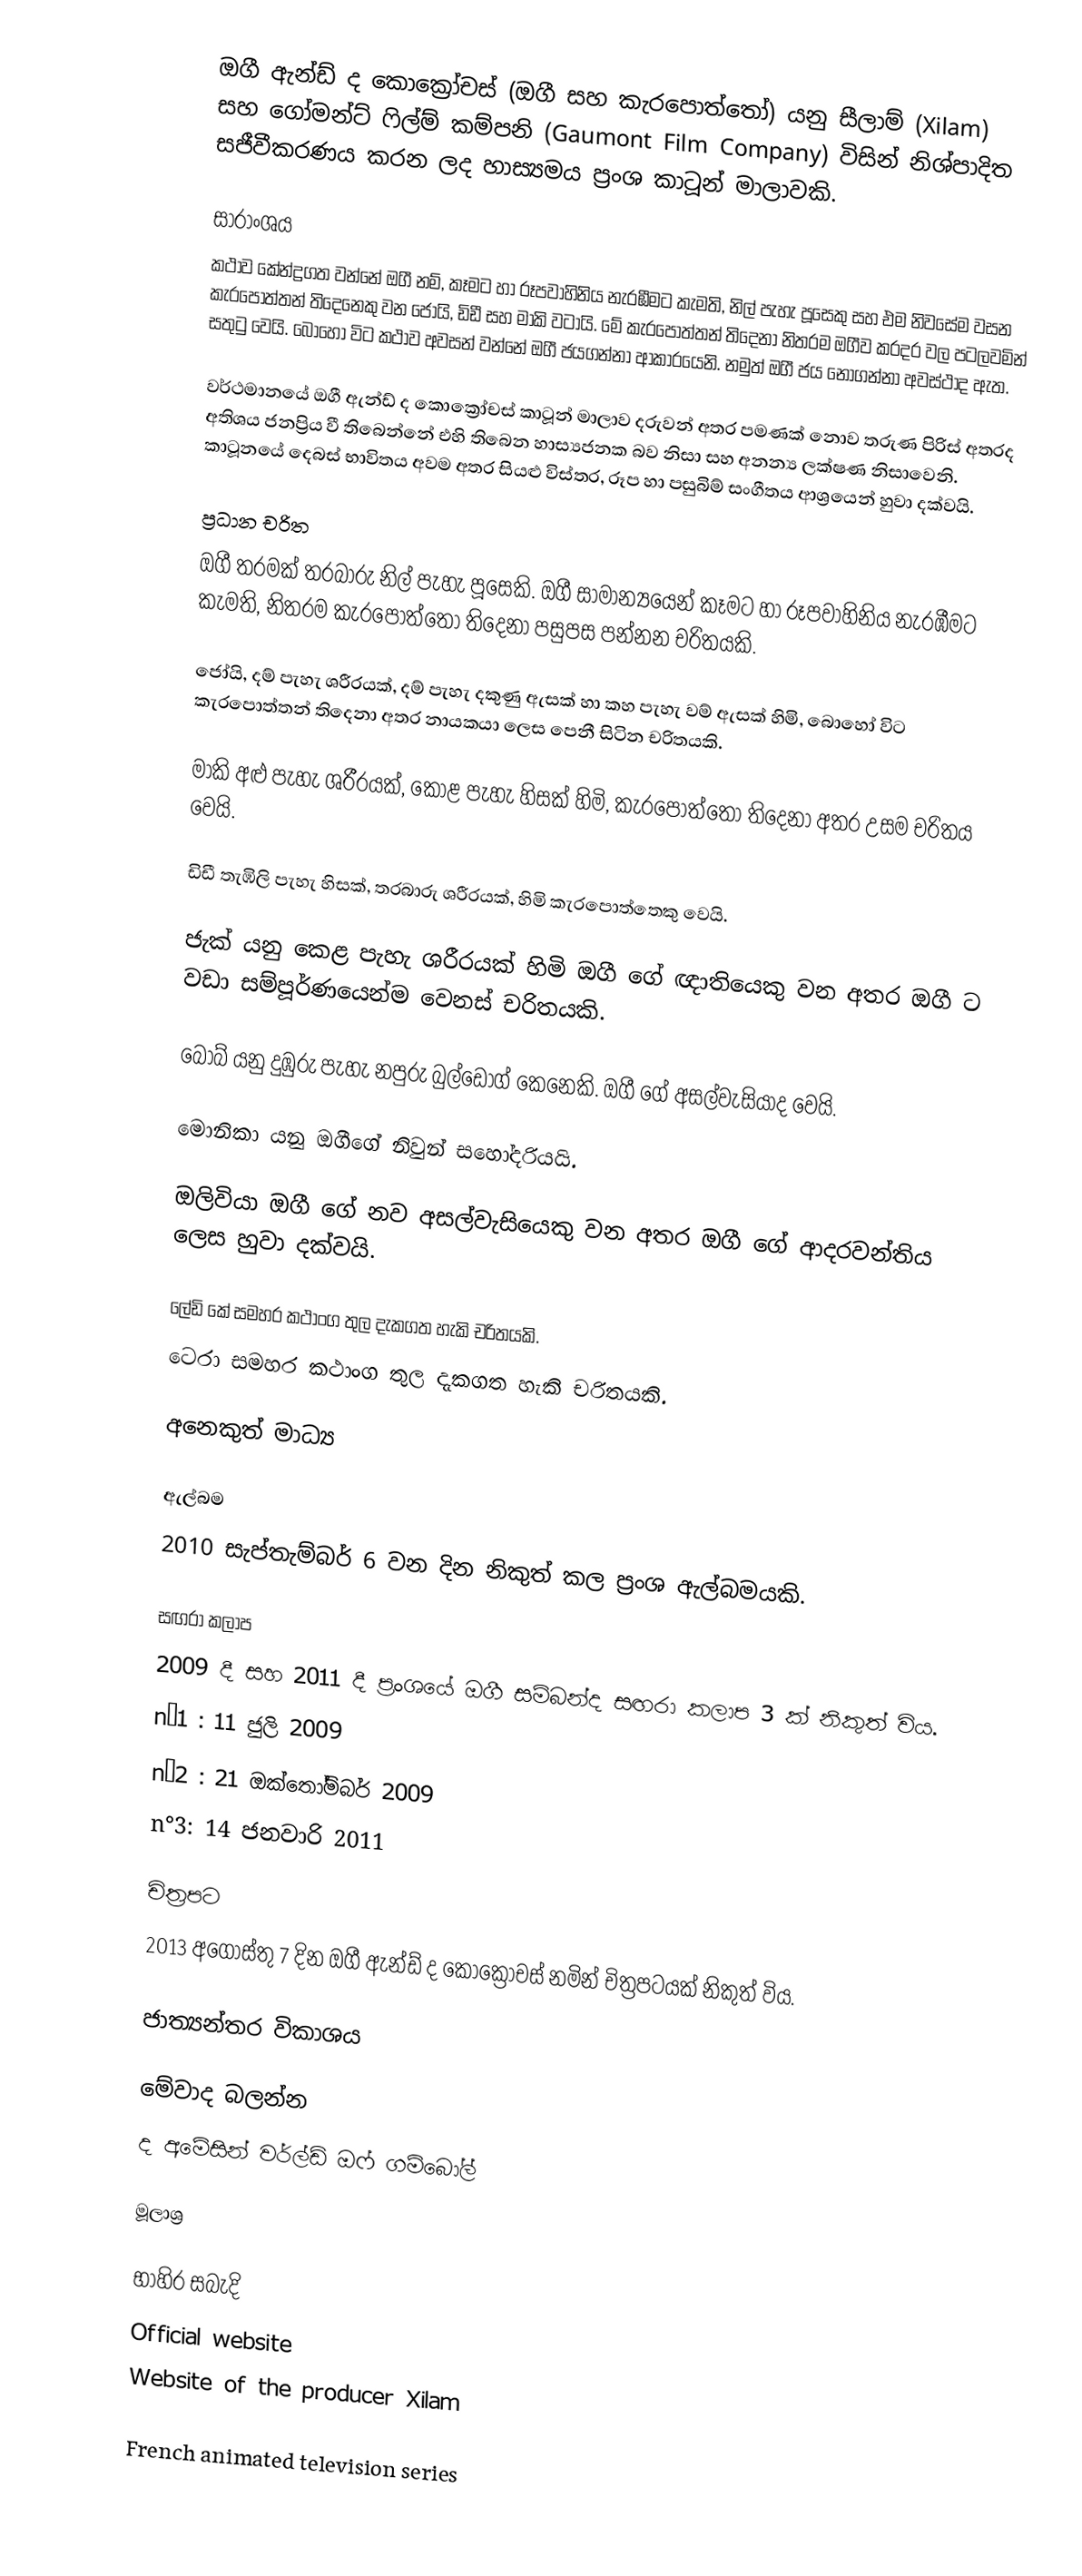
ඔගී ඇන්ඩ් ද කොක්‍රෝචස්  (ඔගී සහ කැරපොත්තෝ) යනු සීලාම් (Xilam) සහ ගෝමන්ට් ෆිල්ම් කම්පනි (Gaumont Film Company) විසින් නිශ්පාදිත සජීවීකරණය කරන ලද හාස්‍යමය ප්‍රංශ කාටූන් මාලාවකි.

සාරාංශය
කථාව කේන්ද්‍රගත වන්නේ ඔගී නම්, කෑමට හා රූපවාහිනිය නැරඹීමට කැමති, නිල් පැහැ පූසෙකු සහ එම නිවසේම වසන කැරපොත්තන් තිදෙනෙකු වන ජෝයි, ඩිඩී සහ මාකි වටායි. මේ කැරපොත්තන් තිදෙනා නිතරම ඔගීව කරදර වල පටලවමින් සතුටු වෙයි. බොහෝ විට කථාව අවසන් වන්නේ  ඔගී ජයගන්නා ආකාරයෙනි. නමුත් ඔගී ජය නොගන්නා අවස්ථාද ඇත.

වර්ථමානයේ ඔගී ඇන්ඩ් ද කොක්‍රෝචස්  කාටූන් මාලාව දරුවන් අතර පමණක් නොව තරුණ පිරිස් අතරද අතිශය ජනප්‍රිය වී තිබෙන්නේ එහි තිබෙන හාස්‍යජනක බව නිසා සහ අනන්‍ය ලක්ෂණ නිසාවෙනි. කාටූනයේ දෙබස් භාවිතය අවම අතර සියළු විස්තර, රූප හා පසුබිම් සංගීතය ආශ්‍රයෙන් හුවා දක්වයි.

ප්‍රධාන චරිත
 ඔගී තරමක් තරබාරු නිල් පැහැ පූසෙකි. ඔගී සාමාන්‍යයෙන් කෑමට හා රූපවාහිනිය නැරඹීමට කැමති, නිතරම කැරපොත්තෝ තිදෙනා පසුපස පන්නන චරිතයකි.

 ජෝයි, දම් පැහැ ශරීරයක්, දම් පැහැ දකුණු ඇසක් හා කහ පැහැ වම් ඇසක් හිමි, බොහෝ විට කැරපොත්තන් තිදෙනා අතර නායකයා ලෙස පෙනී සිටින චරිතයකි.

 මාකි අළු පැහැ ශරීරයක්, කොළ පැහැ හිසක් හිමි, කැරපොත්තෝ තිදෙනා අතර උසම චරිතය වෙයි.

 ඩිඩී තැඹිලි පැහැ හිසක්, තරබාරු ශරීරයක්, හිමි කැරපොත්තෙකු වෙයි.

 ජැක් යනු කෙළ පැහැ ශරීරයක් හිමි ඔගී ගේ ඥාතියෙකු වන අතර ඔගී ට වඩා සම්පූර්ණයෙන්ම වෙනස් චරිතයකි.

 බොබ් යනු දුඹුරු පැහැ නපුරු බුල්ඩෝග් කෙනෙකි. ඔගී ගේ අසල්වැසියාද වෙයි.

 මොනිකා යනු ඔගීගේ නිවුන් සහෝදරියයි.

 ඔලිවියා ඔගී ගේ නව අසල්වැසියෙකු වන අතර ඔගී ගේ ආදරවන්තිය ලෙස හුවා දක්වයි.

 ලේඩි කේ සමහර කථාංග තුල දැකගත හැකි චරිතයකි.
 ටෙරා සමහර කථාංග තුල දැකගත හැකි චරිතයකි.

අනෙකුත් මාධ්‍ය

ඇල්බම
2010 සැප්තැම්බර් 6 වන දින නිකුත් කල ප්‍රංශ ඇල්බමයකි.

සඟරා කලාප
2009 දී සහ 2011 දී ප්‍රංශයේ ඔගී සම්බන්ද සඟරා කලාප 3 ක් නිකුත් විය.
 n°1 : 11 ජුලි 2009
 n°2 : 21 ඔක්තෝම්බර් 2009
 n°3: 14 ජනවාරි 2011

චිත්‍රපට
2013 අගෝස්තු 7 දින ඔගී ඇන්ඩ් ද කොක්‍රෝචස්  නමින් චිත්‍රපටයක් නිකුත් විය.

ජාත්‍යන්තර විකාශය

මේවාද බලන්න
ද අමේසින් වර්ල්ඩ් ඔෆ් ගම්බෝල්

මූලාශ්‍ර

භාහිර සබැදි
 Official website
 Website of the producer Xilam

French animated television series